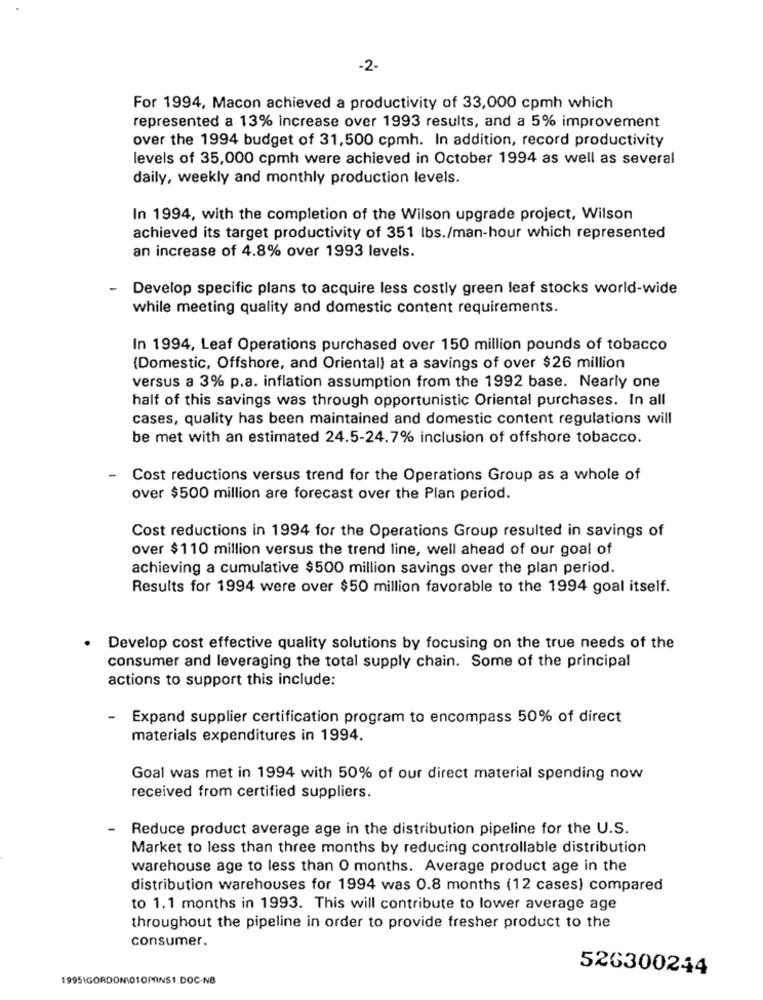
-2-
For 1994, Macon achieved a productivity of 33,000 cpmh which
represented a 13% increase over 1993 results, and a 5% improvement
over the 1994 budget of 31,500 cpmh. In addition, record productivity
levels of 35,000 cpmh were achieved in October 1994 as well as several
daily, weekly and monthly production levels.
In 1994, with the completion of the Wilson upgrade project, Wilson
achieved its target productivity of 351 lbs./man-hour which represented
an increase of 4.8% over 1993 levels.
- Develop specific plans to acquire less costly green leaf stocks world-wide
while meeting quality and domestic content requirements.
In 1994, Leaf Operations purchased over 150 million pounds of tobacco
(Domestic, Offshore, and Oriental) at a savings of over $26 million
versus a 3% p.a. inflation assumption from the 1992 base. Nearly one
half of this savings was through opportunistic Oriental purchases. In all
cases, quality has been maintained and domestic content regulations will
be met with an estimated 24.5-24.7% inclusion of offshore tobacco.
-
Cost reductions versus trend for the Operations Group as a whole of
over $500 million are forecast over the Plan period.
Cost reductions in 1994 for the Operations Group resulted in savings of
over $110 million versus the trend line, well ahead of our goal of
achieving a cumulative $500 million savings over the plan period.
Results for 1994 were over $50 million favorable to the 1994 goal itself.
Develop cost effective quality solutions by focusing on the true needs of the
consumer and leveraging the total supply chain. Some of the principal
actions to support this include:
-
Expand supplier certification program to encompass 50% of direct
materials expenditures in 1994.
Goal was met in 1994 with 50% of our direct material spending now
received from certified suppliers.
Reduce product average age in the distribution pipeline for the U.S.
Market to less than three months by reducing controllable distribution
warehouse age to less than 0 months. Average product age in the
distribution warehouses for 1994 was 0.8 months (12 cases) compared
to 1.1 months in 1993. This will contribute to lower average age
throughout the pipeline in order to provide fresher product to the
consumer.
526300244
1995\GORDON 010MANS1.DOC-NB